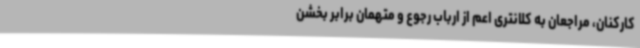
کارکنان، مراجعان به کلانتری اعم از ارباب رجوع و متهمان برابر بخشن